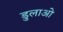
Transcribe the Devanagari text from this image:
डुलाओ